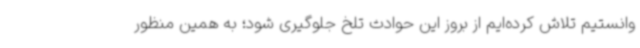
وانستیم تلاش کرده‌ایم از بروز این حوادث تلخ جلوگیری شود؛ به همین منظور